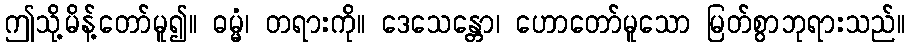
ဤသို့မိန့်တော်မူ၍။ ဓမ္မံ၊ တရားကို။ ဒေသေန္တော၊ ဟောတော်မူသော မြတ်စွာဘုရားသည်။